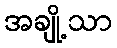
အချို့သာ